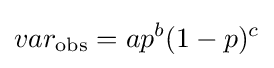
var_{\text{obs}}=ap^{b}(1-p)^{c}